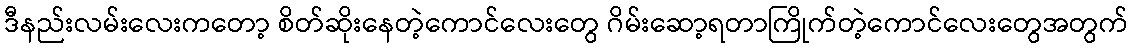
ဒီနည်းလမ်းလေးကတော့ စိတ်ဆိုးနေတဲ့ကောင်လေးတွေ ဂိမ်းဆော့ရတာကြိုက်တဲ့ကောင်လေးတွေအတွက်